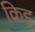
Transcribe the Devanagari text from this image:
किड्